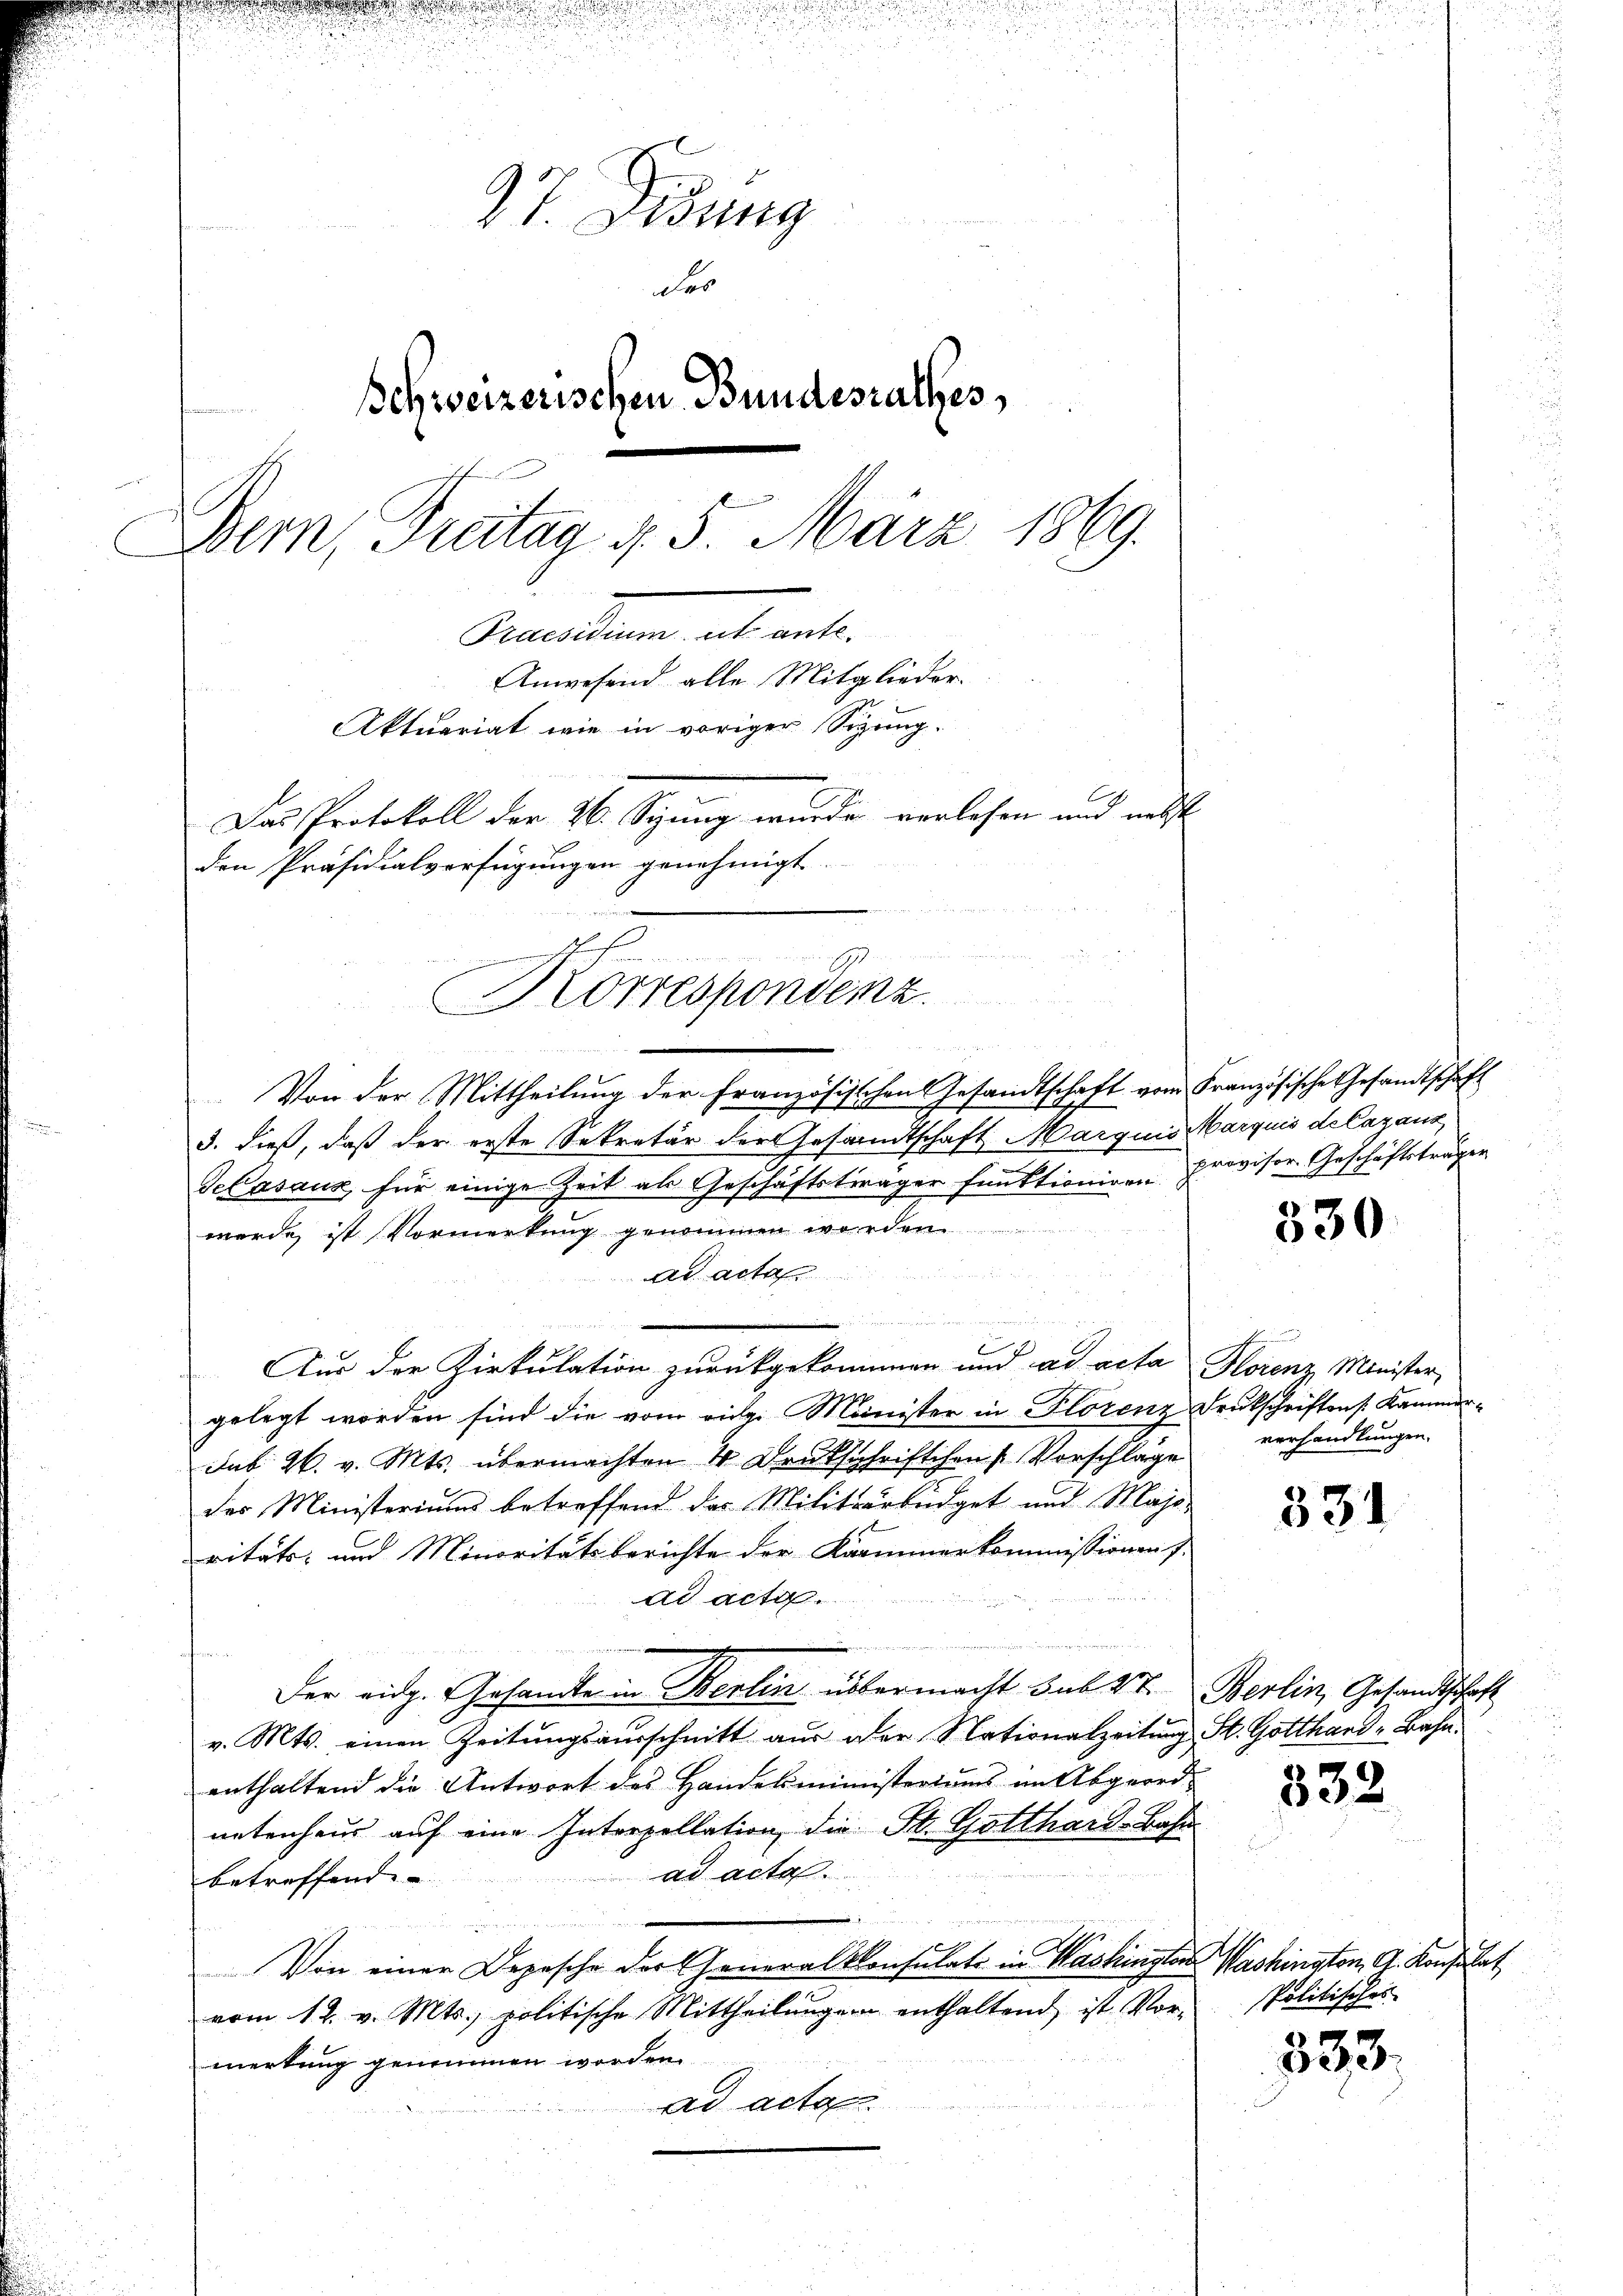
u
97. Didung
er
Schweizerischen Bundesrathes,
Bern, Tratag d. 5. März 1869.
Secundung aus ent¬
Anwesend alle Mitglieder.
Aktuariat wie in voriger Sitzung.
Das Protokoll der 26. Seung wurde verlesen und nebst
den Präsidialverfügungen genehmigt.

A
Korrespondenz.

Von der Mittheilung der französischen Gesandtschaft vom Französische Gesandtschaft
5. dieß, daß der erste Sekretär der Gesandtschaft Marquis Marquis de laganz
Gelasauz für einige Zeit als Geschäftsträger funktioniren Provisor Geschäftsträger
werde ist Vormerkung genommen worden
ad acta

Aus der Zirkulation zurückgekommen und ad acta Florenz Minister,
gelegt worden sind die vom vige Minister in Florenz Deutschriftens Kammer¬
Sub 26. v. Mts. übermachten 4 Drukschriftchen Vorschläge
der Ministeriums betreffend das Militärbüdget und Majo
vitäts- und Minoritätsberichte der Kammenerkommissionen s
ad acta.
den
Der eidg. Gesandte in Berlin übermacht sub 27. Berlin, Gesandtschaft
v. Mts. einen Zeitungsausschnitt aus der Nationalzeitung St. Gotthard-Bahnenthaltend die Antwort des Handelsministeriums im Abgeord-
netenhaus auf eine Interpellation die St. Gotthard-Bahn
ad acta
betreffend
D
Von einer Depesche der Generalkonsulats in Washingter Washington, A. Konsulat
vom 12. v. Mts., politische Mittheilungen enthaltend, ist Vormerkung genommen worden.
ad acta

330

verhandlungen.

331

332

Politisches

333.